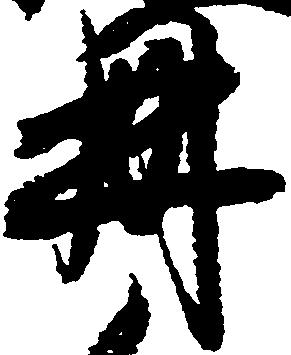
冊